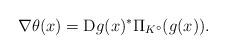
LaTeX: \begin{align*}\nabla \theta(x)={\rm D}g(x)^*\Pi_{K^{\circ}}(g(x)).\end{align*}